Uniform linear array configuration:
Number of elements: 64
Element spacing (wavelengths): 1
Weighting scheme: hann
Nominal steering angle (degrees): -60
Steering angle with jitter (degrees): -61.674
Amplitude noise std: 0.05
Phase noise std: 0.05

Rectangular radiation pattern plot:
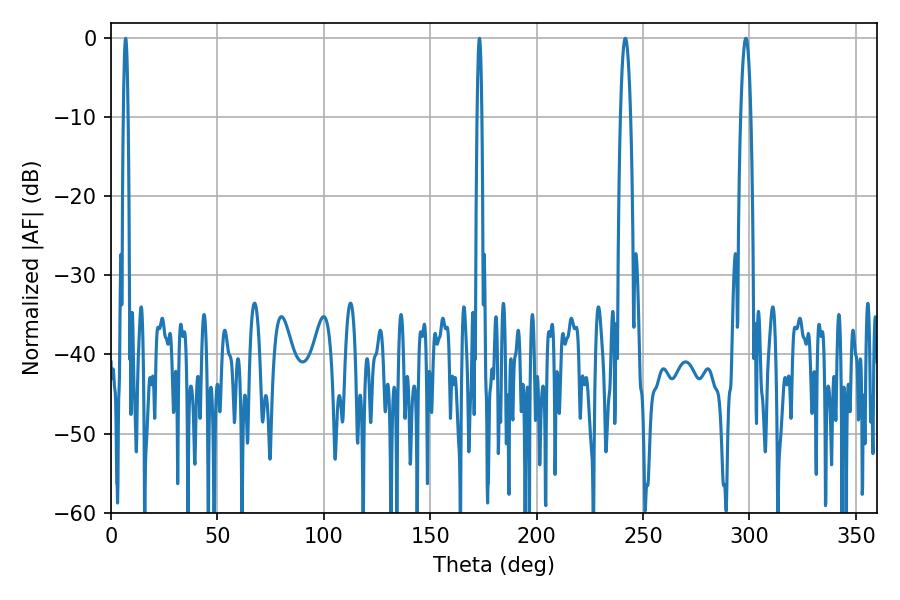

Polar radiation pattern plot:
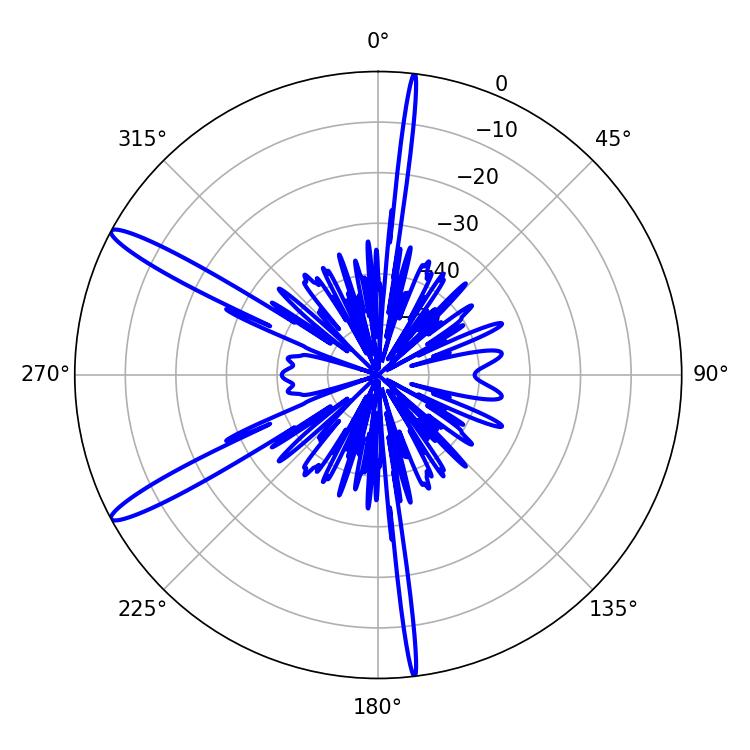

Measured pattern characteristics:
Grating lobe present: TRUE
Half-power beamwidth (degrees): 2.52
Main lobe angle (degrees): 298.26